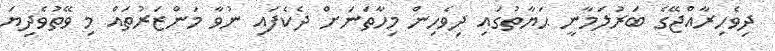
ދިވެހިރާއްޖޭގެ ބަރުލަމާނީ ޙަޔާތުގައި ދިވެހިން މިހާތަނަށް ދެކެފައި ނުވާ މަންޒަރުތައް މި ވޭތުވެދިޔަ